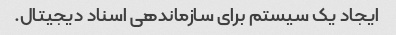
ایجاد یک سیستم برای سازماندهی اسناد دیجیتال.